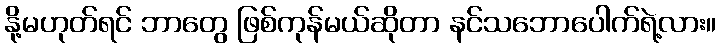
နို့မဟုတ်ရင် ဘာတွေ ဖြစ်ကုန်မယ်ဆိုတာ နင်သဘောပေါက်ရဲ့လား။